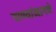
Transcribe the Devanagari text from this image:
गाण्यांमागचे